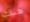
هناك